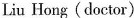
Liu Hong(doctor)